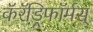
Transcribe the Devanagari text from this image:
कॅरॅड्रिफॉर्मस्